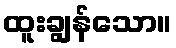
ထူးချွန်သော။